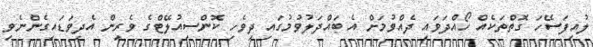
ލުއިފަސޭހަ ގޮތްތަކެއް ހޯއްދަވައި ދެއްވުމަށް އެ ބައްދަލުވުމުގައި ދިވެހި ކޮންސިއުލޭޓްގެ ވެރިން އެދިވަޑައިގެންނެވި